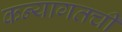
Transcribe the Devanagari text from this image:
कन्यागतची